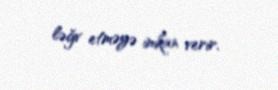
ləğv etməyə imkan verir.